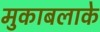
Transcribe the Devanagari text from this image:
मुकाबलाके